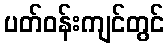
ပတ်ဝန်းကျင်တွင်